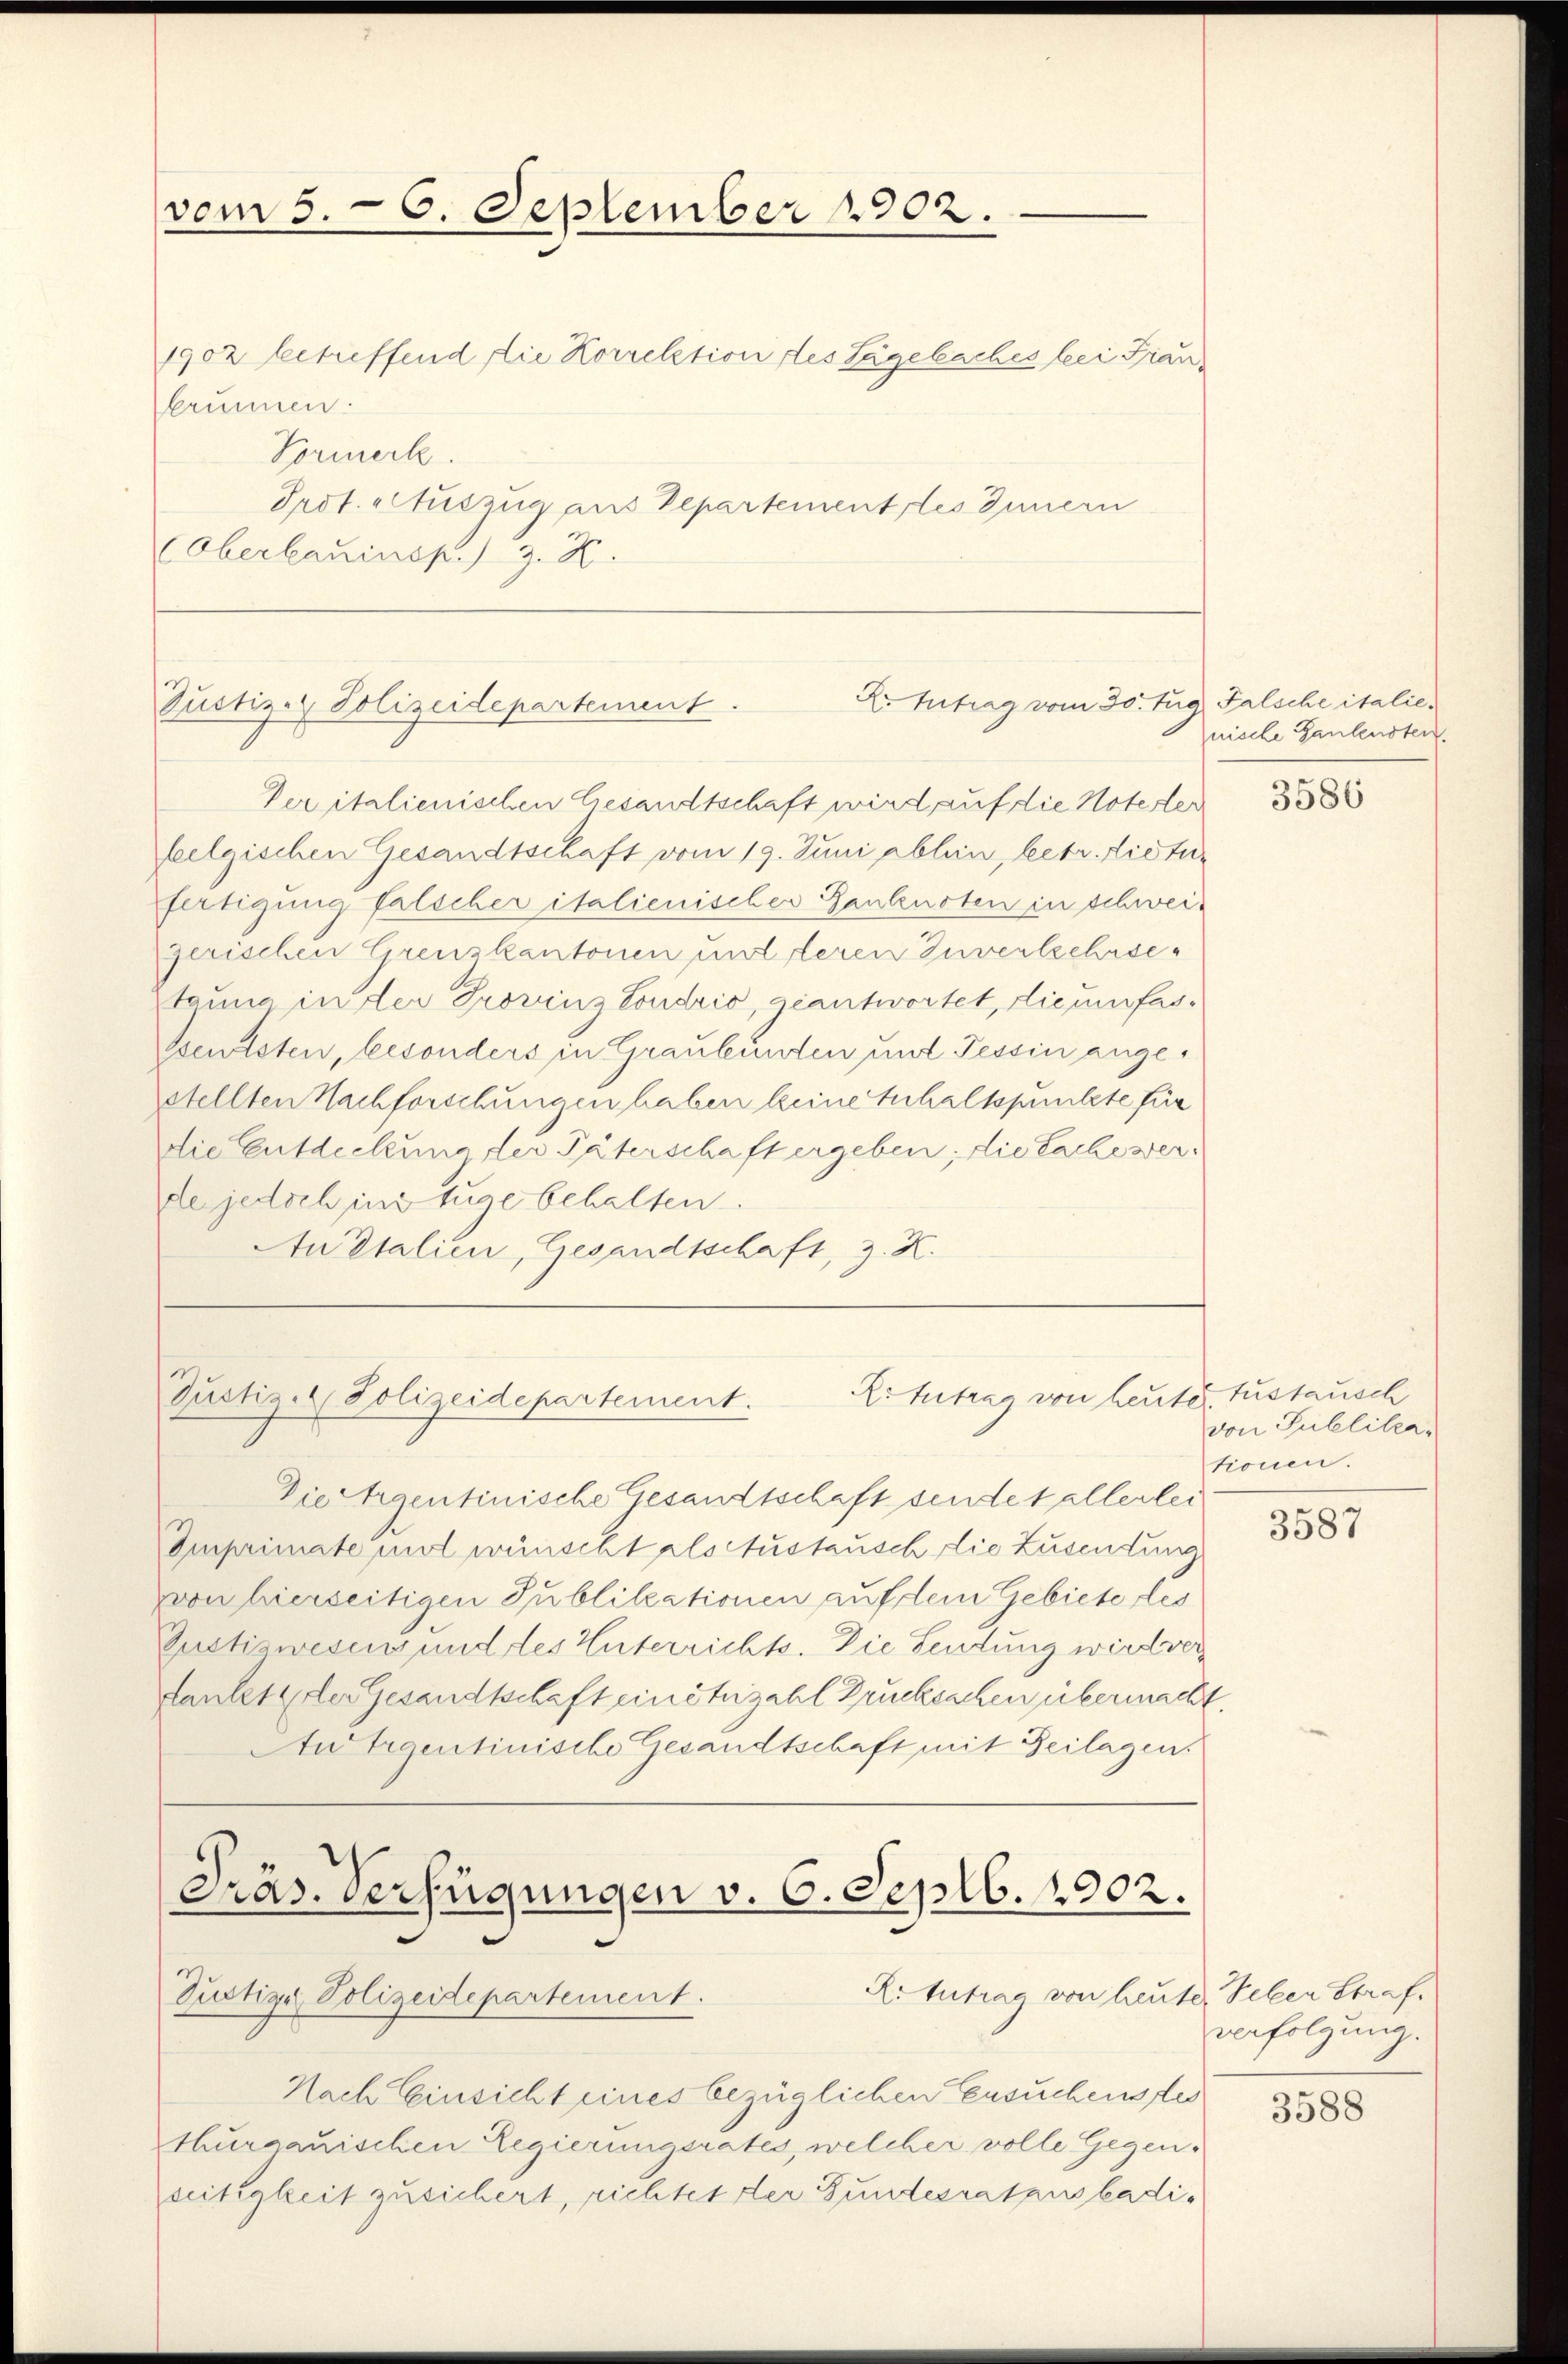
vom 5. 6. September 1902.

1902 betreffend die Korrektion des Lagebaches bei Fran¬
Erinnen.
Vormerk
Prof. Auszug aus Departement les Innern
COberbauinsp. 3. K.

Justiz- & Polizeidepartement.

X. Antrag vom 30. Aug. Falsche italie¬

Ver italienischen Gesandtschaft wird auf die Notester
feelgischen Gesandtschaft vom 19. Juni abhin, betr. dictur
fertigung falscher italienischer Ganknoten in schweigerischen Grenzkantonen und deren Inventschrieteung in der Provinz Sondrić, geantwortet, die umfassentsten, besonders in Graubünden und Tessin angestellten Nachforschungen haben keine Inhaltspunkte für
die Entdeckung der Paterschaft ergeben, die Sache werde jedoch ins zuge behalten.
An Italien, Gesandtschaft, z. K.

Justiz- Polizeidepartement.
Ertntrag von heute

Präs. Verfügungen v. 6. Septb. 1902.
Rotutrag von heute Peter Straf.
Tustige Polizeidepartement.

nische Gantensten.

Dietigentinische Gesandtschaft sendet allerlei
Emprimate undt wünscht als Austausch die Zusendung
von hierseitigen Publikationen auf dem Gebiete des
Gustizwesens und des Unterrichts. Die Leitung wird ver
danket, der Gesandtschaft einetuzahl Drucksachen übermacht.
Antigentinische Gesandtschaft mit Beilagen.

Nach Einsicht eines bezüglichen Ersuchenstes
thurgauischen Regierungsrates, welcher volle Gegen-
seitigkeit zusichert, richtet der Fundesratausbadi¬

3586

fustausch
von Publika-
tionen.

3587

verfolgung.

3588